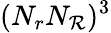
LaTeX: (N_{r}N_{\mathcal{R}})^{3}